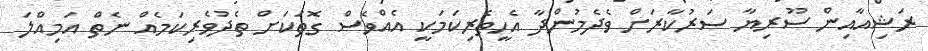
ރަޝިއާއިން ސޫރިޔާ ސަރުކާރަށް ވެދެމުންދާ އެހީތެރިކަމަކީ އެއްވެސް ގޮތަކަށް ތެދުވެރިކަމެއް ނެތް އަމިއްލަ